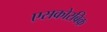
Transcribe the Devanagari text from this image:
एसकोरबिक